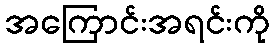
အကြောင်းအရင်းကို